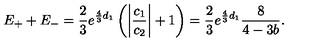
E _ { + } + E _ { - } = \frac { 2 } { 3 } e ^ { \frac { 4 } { 3 } d _ { 1 } } \left( \left| \frac { c _ { 1 } } { c _ { 2 } } \right| + 1 \right) = \frac { 2 } { 3 } e ^ { \frac { 4 } { 3 } d _ { 1 } } \frac { 8 } { 4 - 3 b } .